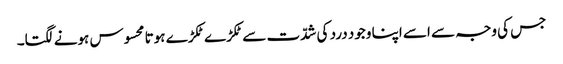
جس کی وجہ سے اسے اپنا وجود درد کی شدّت سے ٹکڑے ٹکڑے ہوتا محسوس ہونے لگتا۔